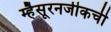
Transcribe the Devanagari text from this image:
म्हैसूरनजीकची